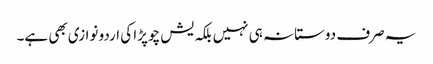
یہ صرف دوستانہ ہی نہیں بلکہ یش چوپڑا کی اردو نوازی بھی ہے۔